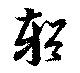
輶